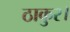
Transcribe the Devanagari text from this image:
ठाकुर।